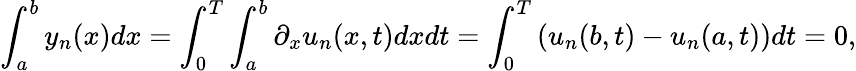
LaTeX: \int_{a}^{b}y_{n}(x)dx=\int_{0}^{T}\int_{a}^{b}\partial_{x}u_{n}(x,t)dxdt=\int_{0}^{T}\left(u_{n}(b,t)-u_{n}(a,t)\right)dt=0,